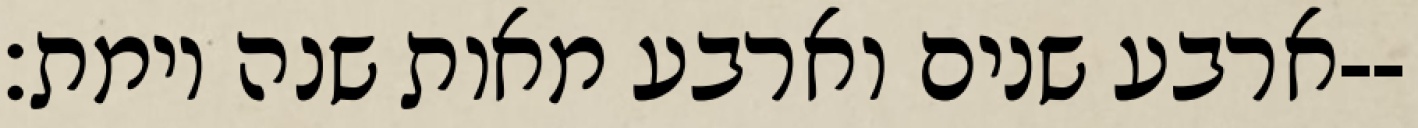
ארבע שנים וארבע מאות שנה וימת׃--